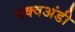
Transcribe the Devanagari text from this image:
पक्वअंडी